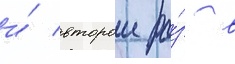
и́ второи ра́з в